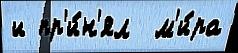
и пр'и́н'ял  м'и́ра